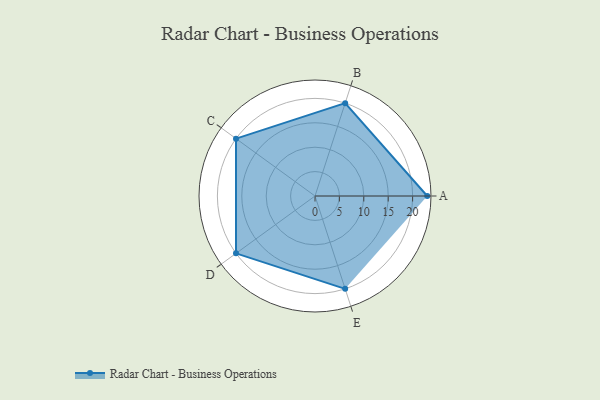
{"axis": {"x": "Skill", "y": "Score"}, "legend": ["Profile"], "data": [{"x": "A", "y": 23.0, "type": "Profile"}, {"x": "B", "y": 20, "type": "Profile"}, {"x": "C", "y": 20, "type": "Profile"}, {"x": "D", "y": 20, "type": "Profile"}, {"x": "E", "y": 20, "type": "Profile"}]}